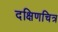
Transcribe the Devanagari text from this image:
दक्षिणचित्र